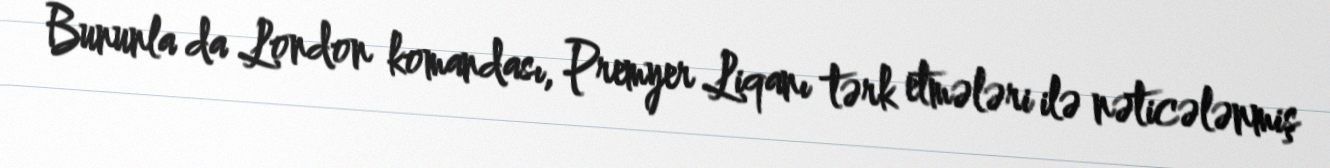
Bununla da London komandası, Premyer Liqanı tərk etmələri ilə nəticələnmiş